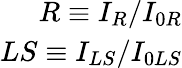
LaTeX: \begin{array}{r}{R\equiv I_{R}/I_{0R}}\\ {LS\equiv I_{LS}/I_{0LS}}\end{array}